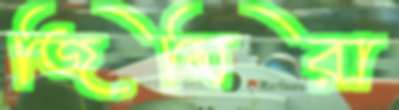
জিমিরা